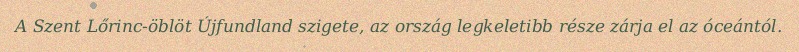
A Szent Lőrinc-öblöt Újfundland szigete, az ország legkeletibb része zárja el az óceántól.